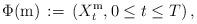
LaTeX: \begin{align*} \, \Phi (\mathrm m) \, :=\, ( X^{\mathrm m}_{t}, 0 \le t \le T) \, , \end{align*}